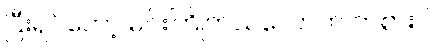
ပြီးရင်တော့ မင်းကြိုက်သလောက် ကစားပါ။